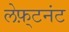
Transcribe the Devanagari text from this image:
लेफ़्टनंट